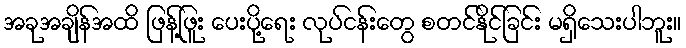
အခုအချိန်အထိ ဖြန့်ဖြူး ပေးပို့ရေး လုပ်ငန်းတွေ စတင်နိုင်ခြင်း မရှိသေးပါဘူး။